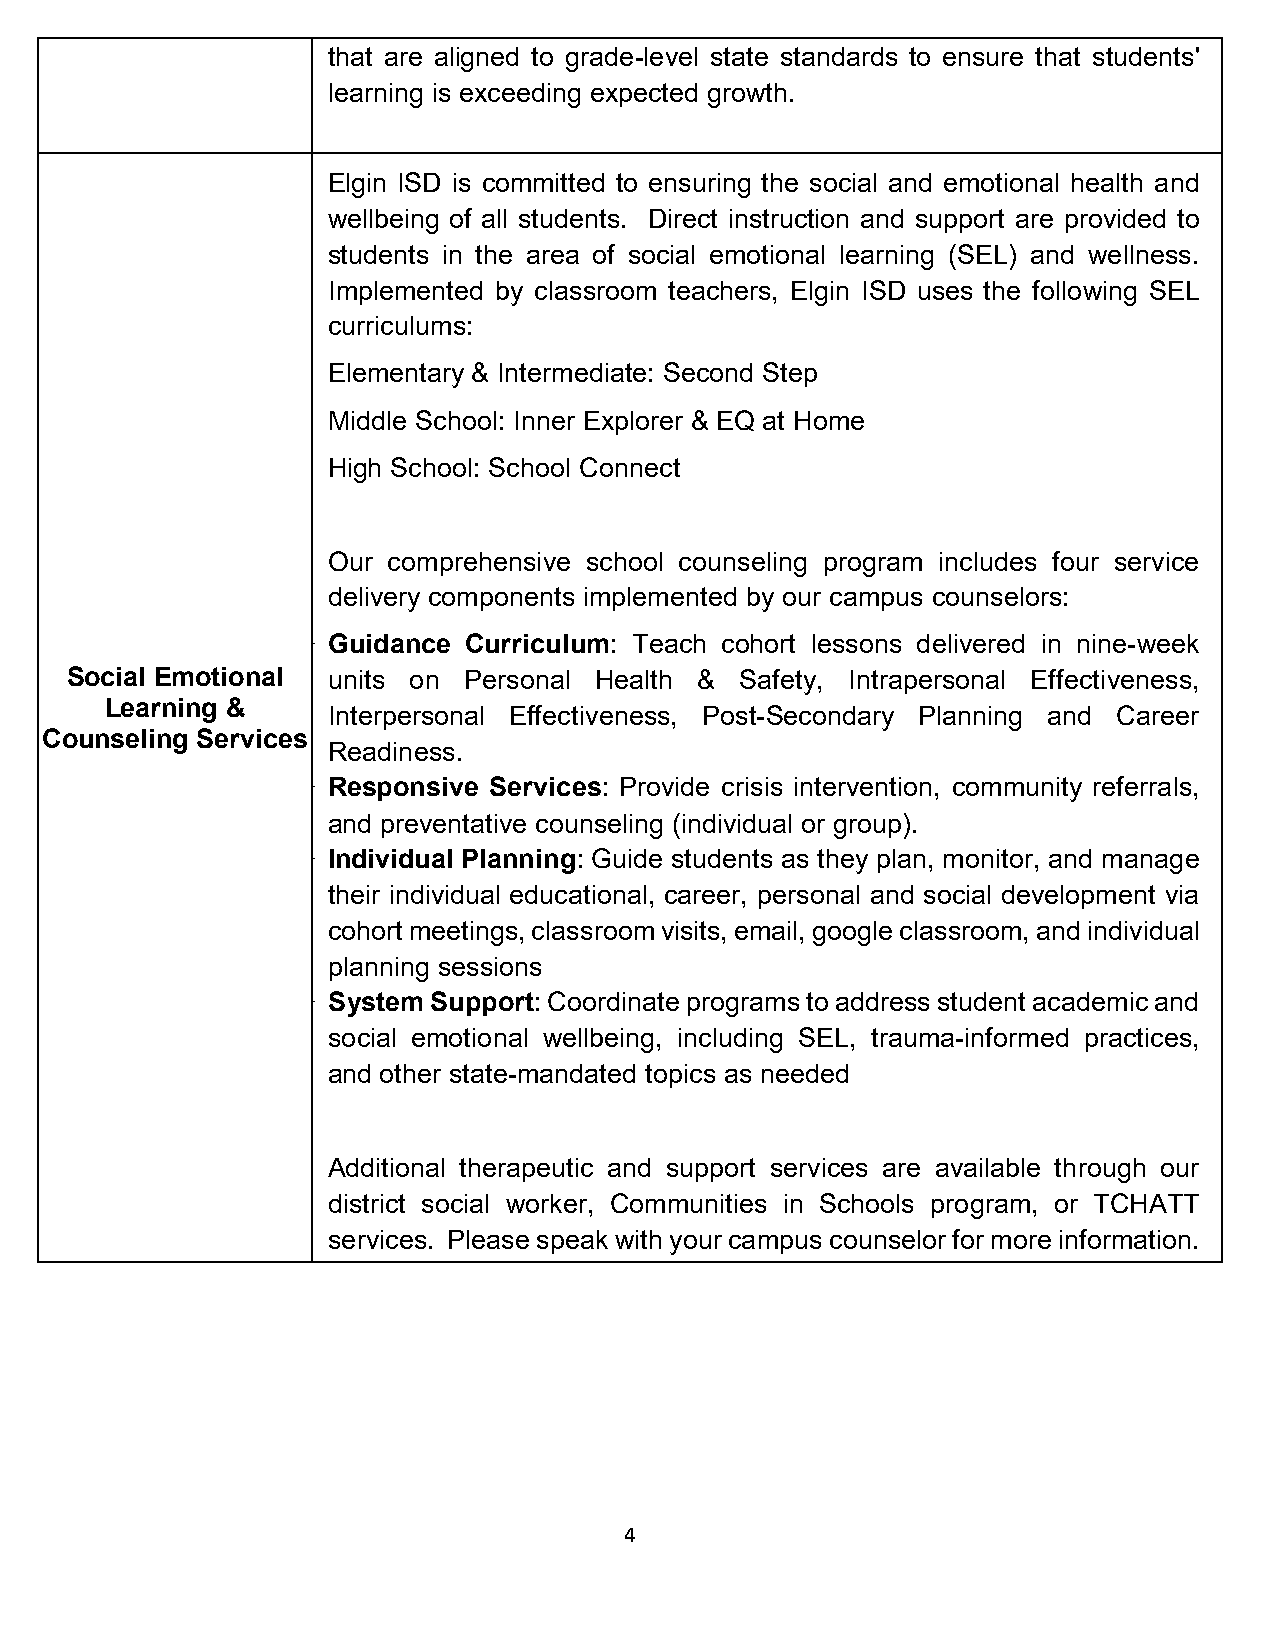
that are aligned to grade-level state standards to ensure that students'
 learning is exceeding expected growth.
 Elgin ISD is committed to ensuring the social and emotional health and
 wellbeing of all students. Direct instruction and support are provided to
 students in the area of social emotional learning (SEL) and wellness.
 Implemented by classroom teachers, Elgin ISD uses the following SEL
 curriculums:
 Elementary & Intermediate: Second Step
 Middle School: Inner Explorer & EQ at Home
 High School: School Connect
 Our comprehensive school counseling program includes four service
 delivery components implemented by our campus counselors:
 ➢  Guidance Curriculum: Teach cohort lessons delivered in nine-week
 Social Emotional  units on Personal Health & Safety, Intrapersonal Effectiveness,
 Learning &
 Interpersonal Effectiveness, Post-Secondary Planning and Career
 Counseling Services
 Readiness.
 ➢  Responsive Services: Provide crisis intervention, community referrals,
 and preventative counseling (individual or group).
 ➢  Individual Planning: Guide students as they plan, monitor, and manage
 their individual educational, career, personal and social development via
 cohort meetings, classroom visits, email, google classroom, and individual
 planning sessions
 ➢  System Support: Coordinate programs to address student academic and
 social emotional wellbeing, including SEL, trauma-informed practices,
 and other state-mandated topics as needed
 Additional therapeutic and support services are available through our
 district social worker, Communities in Schools program, or TCHATT
 services. Please speak with your campus counselor for more information.
 4